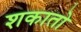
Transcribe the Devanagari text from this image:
शकातो